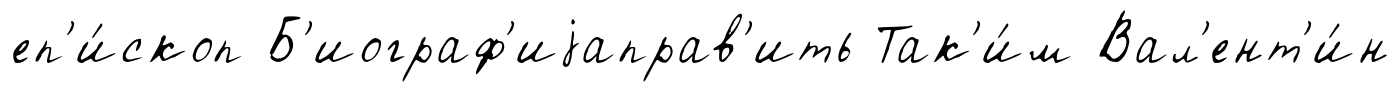
еп'и́скоп Б'иограф'иjаправ'ить Так'и́м Вал'ент'и́н